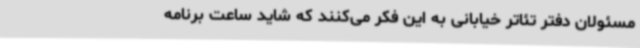
مسئولان دفتر تئاتر خیابانی به این فکر می‌کنند که شاید ساعت برنامه